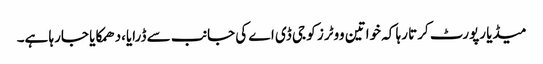
میڈیا رپورٹ کرتا رہا کہ خواتین ووٹرز کو جی ڈی اے کی جانب سے ڈرایا،دھمکایا جارہا ہے۔